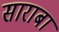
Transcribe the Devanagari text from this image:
साराबा